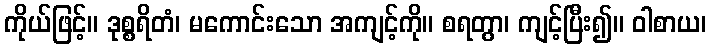
ကိုယ်ဖြင့်။ ဒုစ္စရိတံ၊ မကောင်းသော အကျင့်ကို။ စရတွာ၊ ကျင့်ပြီး၍။ ဝါစာယ၊